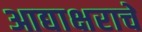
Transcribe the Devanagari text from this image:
आद्याक्षराचे